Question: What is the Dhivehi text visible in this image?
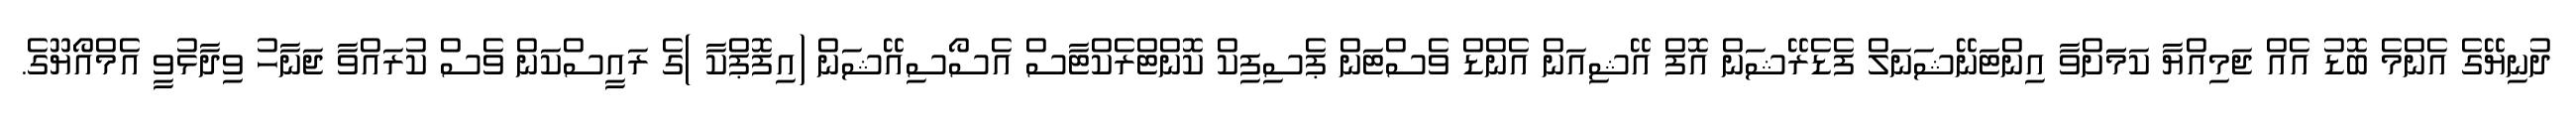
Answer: ދުނިޔޭގެ އެންމެ ބޮޑު އެއް ޖަމިއްޔާ ކަމަަށްވާ އިންޓަނޭޝަނަލް ފެޑެރޭޝަން އޮފް އޭޝިއަން އެންޑް ވެސްޓަން ޕެސިފިކް ކޮންޓްރެކްޓާސް އެސޯސިއޭޝަން (އިފޮޕްކާ )ގެ ރައީސްކަން ވެސް ކުރައްވާ ޖަނާހު ވިދާޅުވީ އެމްއޯޔޫގެ.